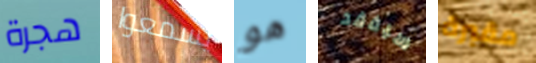
هجرة يسمعوا هو سيفقد مقبرة